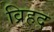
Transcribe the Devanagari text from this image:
व्रिहद